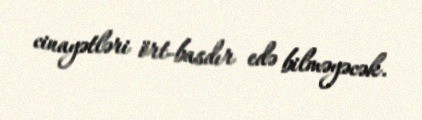
cinayətləri ört-basdır edə bilməyəcək.